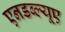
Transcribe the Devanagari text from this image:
एनडब्ल्यूए